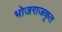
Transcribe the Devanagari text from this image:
भोजराजकृत